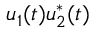
u _ { 1 } ( t ) u _ { 2 } ^ { * } ( t )